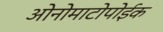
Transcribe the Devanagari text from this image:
ओनोमाटोपोईक